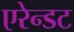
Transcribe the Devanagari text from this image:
एरेन्डट